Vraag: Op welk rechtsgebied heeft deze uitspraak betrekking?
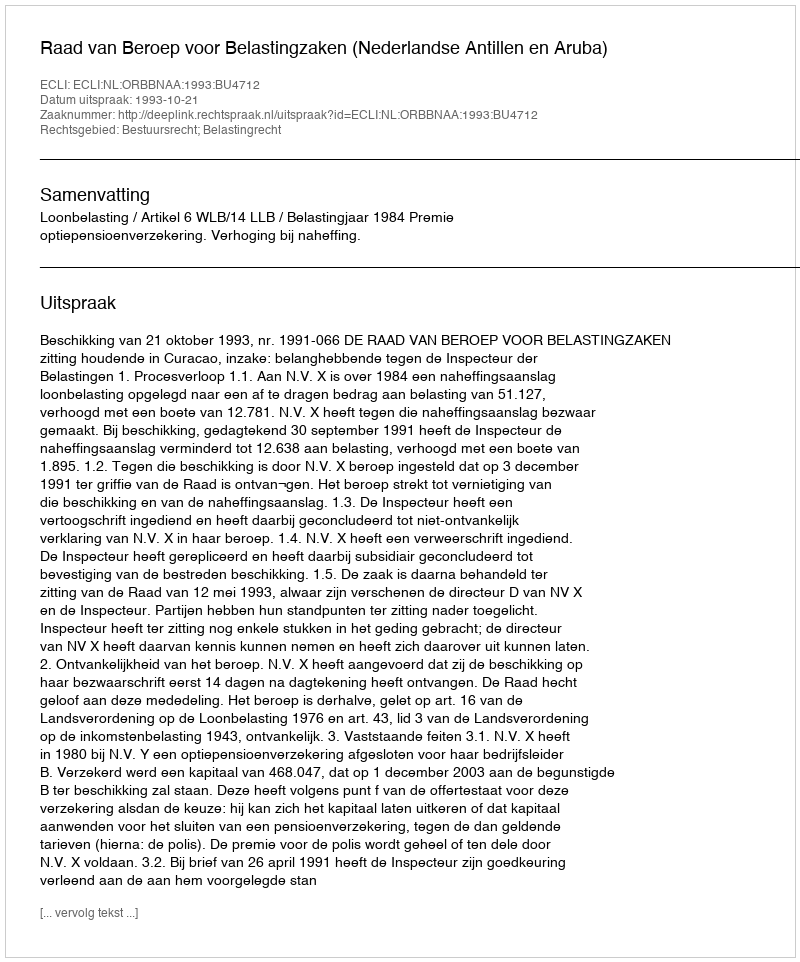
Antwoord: Bestuursrecht; Belastingrecht